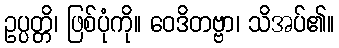
ဥပ္ပတ္တိ၊ ဖြစ်ပုံကို။ ဝေဒိတဗ္ဗာ၊ သိအပ်၏။